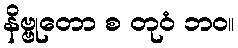
နိဗ္ဗုတော စ တုဝံ ဘဝ။